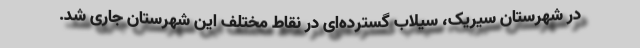
در شهرستان سیریک، سیلاب گسترده‌ای در نقاط مختلف این شهرستان جاری شد.